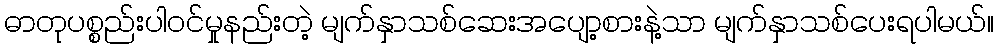
ဓာတုပစ္စည်းပါဝင်မှုနည်းတဲ့ မျက်နှာသစ်ဆေးအပျော့စားနဲ့သာ မျက်နှာသစ်ပေးရပါမယ်။